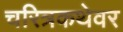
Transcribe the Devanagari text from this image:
चरित्रकथेवर